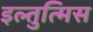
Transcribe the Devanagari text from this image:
इल्तुत्मिस